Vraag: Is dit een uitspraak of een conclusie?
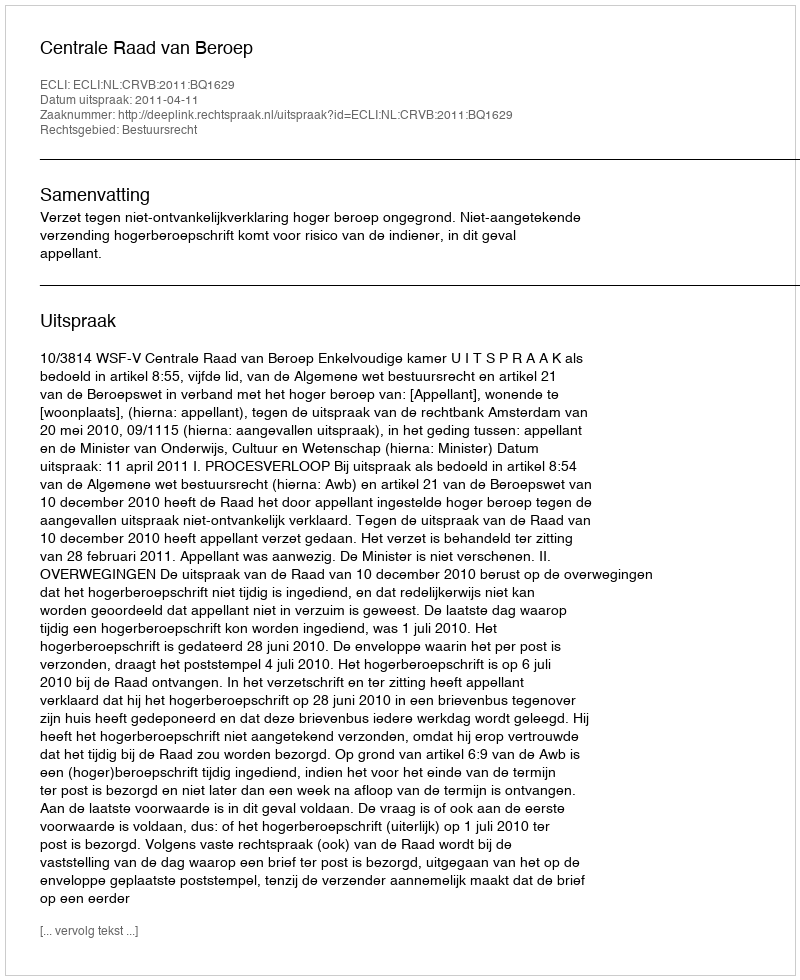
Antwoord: Uitspraak